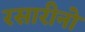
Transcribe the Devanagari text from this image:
रसारीनो